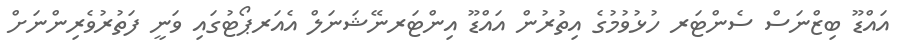
އައްޑޫ ބިޒްނަސް ސެންޓަރ ހުޅުވުމުގެ އިތުރުން އައްޑޫ އިންޓަރނޭޝަނަލް އެއަރޕޯޓުގައި ވަނީ ފަތުރުވެރިންނަށް